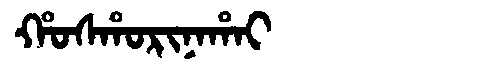
Manchu: ᡥᠣᠰᡥᠣᡵᡳᠨᠠᡥᠠᡳ
Romanization: HOSHORINAHAI